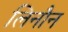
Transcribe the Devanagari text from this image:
लिनौन